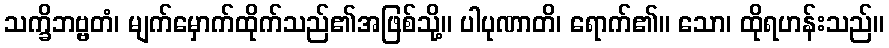
သက္ခိဘဗ္ဗတံ၊ မျက်မှောက်ထိုက်သည်၏အဖြစ်သို့။ ပါပုဏာတိ၊ ရောက်၏။ သော၊ ထိုရဟန်းသည်။